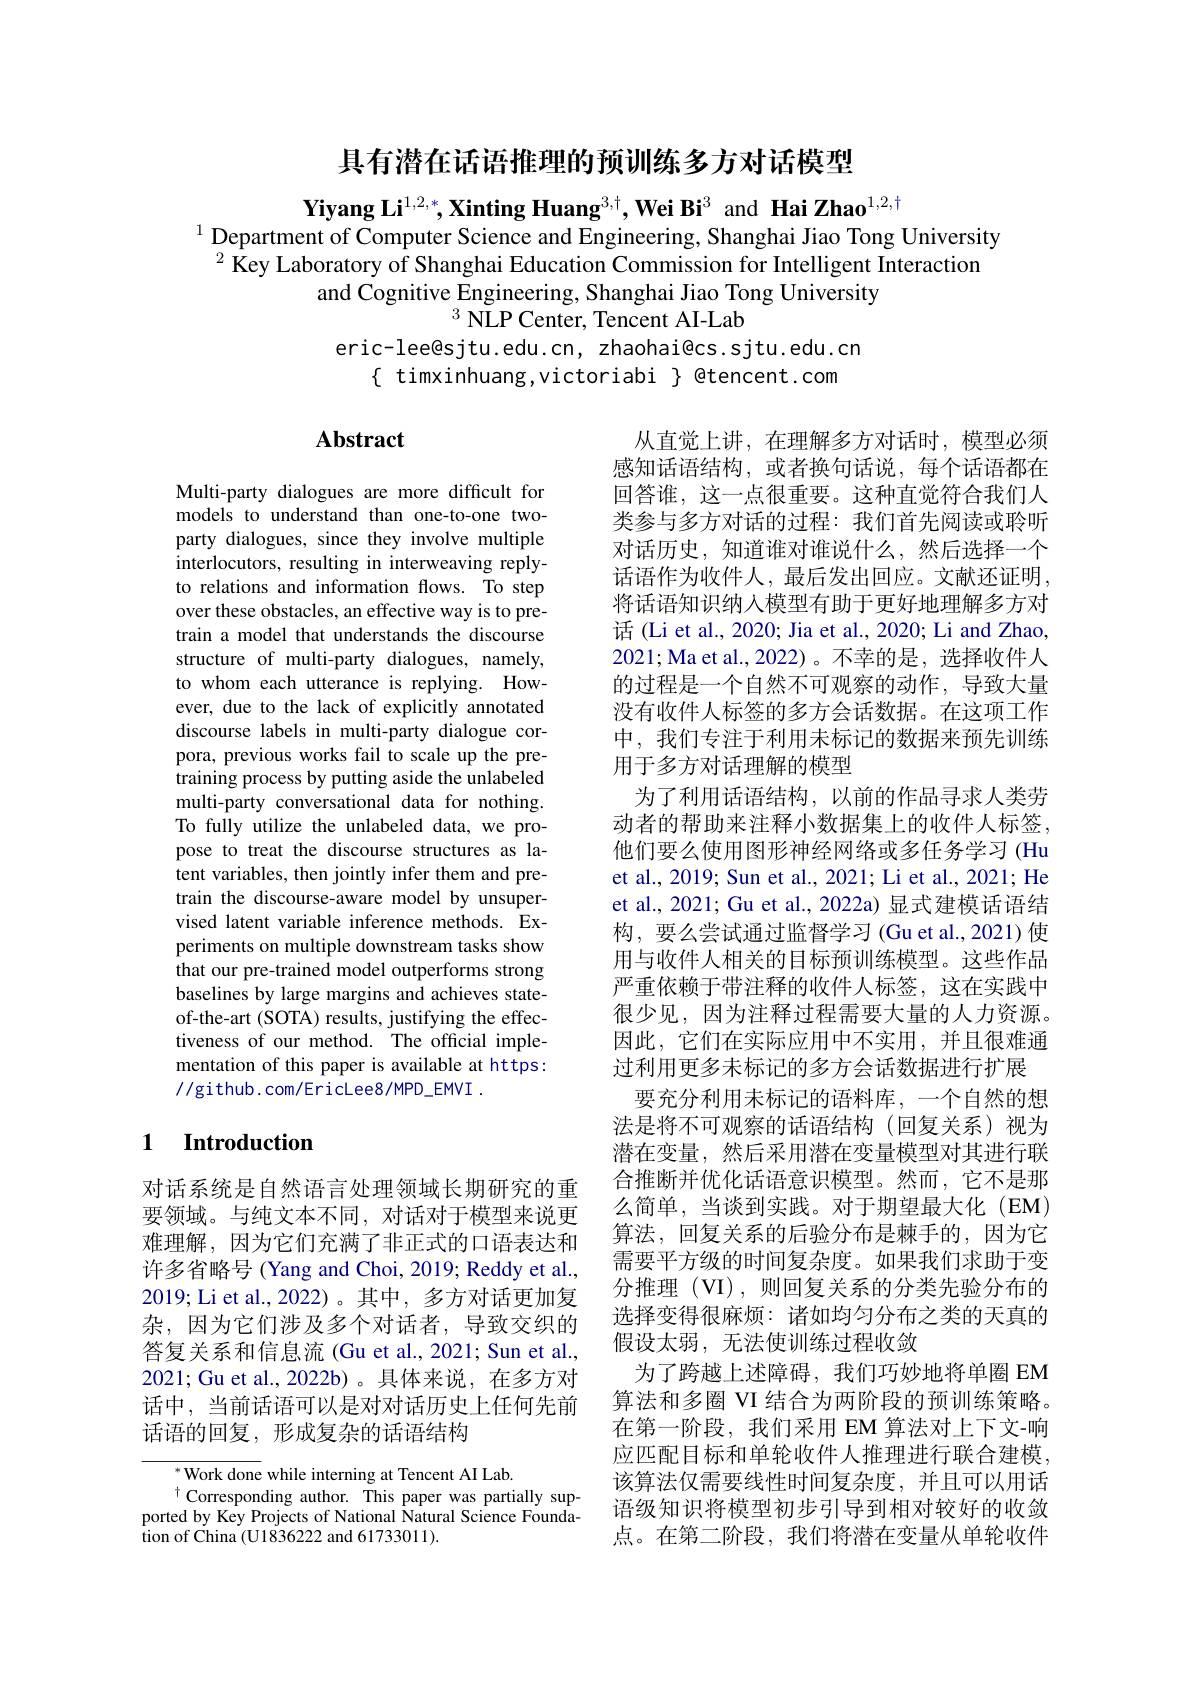
具有潜在话语推理的预训练多方对话模型

Yiyang Li$^{1,2,*},\textbf{Xinting Huang}^{3,\dagger},\textbf{Wei Bi}^{3}$ and Hai Zhao$^{1,2,\dagger}$
$^{1}$ Department of Computer Science and Engineering, Shanghai Jiao Tong University $^{2}$ Key Laboratory of Shanghai Education Commission for Intelligent Interaction
and Cognitive Engineering, Shanghai Jiao Tong University
$^{3}$ NLP Center, Tencent AI-Lab
eric-lee@sjtu.edu.cn, zhaohai@cs.sjtu.edu.cn
$\{$ timxinhuang,victoriabi $\}$ @tencent.com

## $\mathbf{Abstract}$

Multi-party dialogues are more difficult for models to understand than one-to-one twoparty dialogues, since they involve multiple interlocutors, resulting in interweaving replyto relations and information flows. To step over these obstacles, an effective way is to pretrain a model that understands the discourse structure of multi-party dialogues, namely, to whom each utterance is replying. However, due to the lack of explicitly annotated discourse labels in multi-party dialogue corpora, previous works fail to scale up the pretraining process by putting aside the unlabeled multi-party conversational data for nothing. To fully utilize the unlabeled data, we propose to treat the discourse structures as latent variables, then jointly infer them and pretrain the discourse-aware model by unsupervised latent variable inference methods. Experiments on multiple downstream tasks show that our pre-trained model outperforms strong baselines by large margins and achieves stateof-the-art (SOTA) results, justifying the effectiveness of our method. The official implementation of this paper is available at https: //github.com/EricLee8/MPD\_EMVI.

从直觉上讲，在理解多方对话时，模型必须感知话语结构，或者换句话说，每个话语都在回答谁，这一点很重要。这种直觉符合我们人类参与多方对话的过程：我们首先阅读或聆听对话历史，知道谁对谁说什么，然后选择一个话语作为收件人，最后发出回应。文献还证明， 将话语知识纳入模型有助于更好地理解多方对话 (Li et al., 2020; Jia et al., 2020; Li and Zhao, 2021;Ma et al.,2022)。不幸的是，选择收件人的过程是一个自然不可观察的动作，导致大量没有收件人标签的多方会话数据。在这项工作中，我们专注于利用未标记的数据来预先训练用于多方对话理解的模型
为了利用话语结构，以前的作品寻求人类劳动者的帮助来注释小数据集上的收件人标签， 他们要么使用图形神经网络或多任务学习 (Hu et al., 2019; Sun et al., 2021; Li et al., 2021; He et al., 2021; Gu et al., 2022a) 显式建模话语结构，要么尝试通过监督学习 (Gu et al., 2021) 使用与收件人相关的目标预训练模型。这些作品严重依赖于带注释的收件人标签，这在实践中很少见，因为注释过程需要大量的人力资源。因此，它们在实际应用中不实用，并且很难通过利用更多未标记的多方会话数据进行扩展
要充分利用未标记的语料库，一个自然的想法是将不可观察的话语结构(回复关系)视为潜在变量，然后采用潜在变量模型对其进行联合推断并优化话语意识模型。然而，它不是那么简单，当谈到实践。对于期望最大化(EM) 算法，回复关系的后验分布是棘手的，因为它需要平方级的时间复杂度。如果我们求助于变分推理 (VI) ,则回复关系的分类先验分布的选择变得很麻烦：诸如均匀分布之类的天真的假设太弱，无法使训练过程收敛
为了跨越上述障碍，我们巧妙地将单圈 EM 算法和多圈 VI 结合为两阶段的预训练策略。在第一阶段，我们采用 EM 算法对上下文-响应匹配目标和单轮收件人推理进行联合建模， 该算法仅需要线性时间复杂度，并且可以用话语级知识将模型初步引导到相对较好的收敛点。在第二阶段，我们将潜在变量从单轮收件

## 1 $\textbf{Introduction}$

对话系统是自然语言处理领域长期研究的重要领域。与纯文本不同，对话对于模型来说更难理解，因为它们充满了非正式的口语表达和许多省略号 (Yang and Choi, 2019; Reddy et al., 2019; Li et al., 2022)。其中，多方对话更加复杂，因为它们涉及多个对话者，导致交织的答复关系和信息流 (Gu et al., 2021; Sun et al., 2021; Gu et al., 2022b)。具体来说，在多方对话中，当前话语可以是对对话历史上任何先前话语的回复，形成复杂的话语结构

$^{*}$Work done while interning at Tencent AI Lab.
$^{\dagger}$Corresponding author. This paper was partially supported by Key Projects of National Natural Science Foundation of China (U1836222 and 61733011).